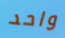
واحد